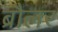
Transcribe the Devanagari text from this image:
ब्रौलर